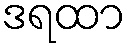
ဒရထာ